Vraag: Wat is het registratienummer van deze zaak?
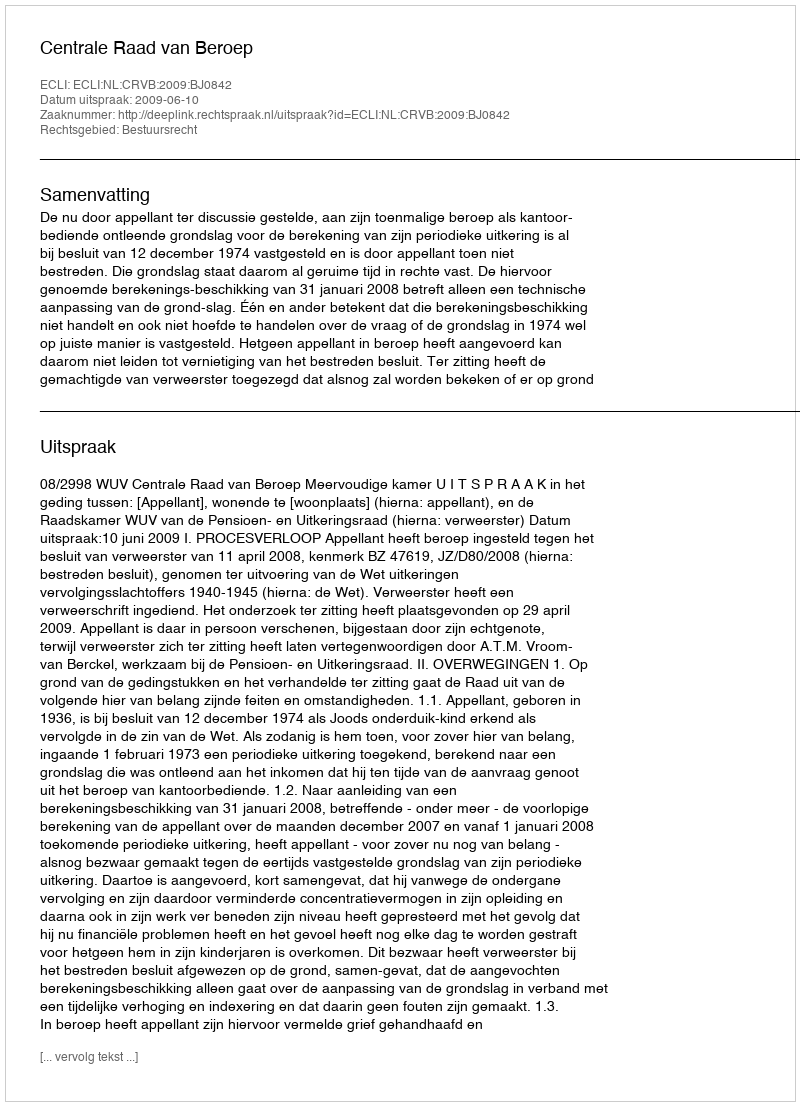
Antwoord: http://deeplink.rechtspraak.nl/uitspraak?id=ECLI:NL:CRVB:2009:BJ0842